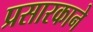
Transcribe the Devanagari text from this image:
प्रसारकाने